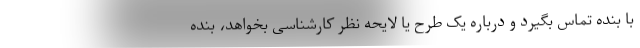
با بنده تماس بگیرد و درباره یک طرح یا لایحه نظر کارشناسی بخواهد، بنده